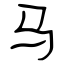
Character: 马